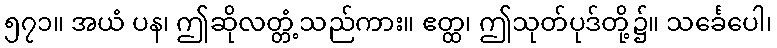
၅၇၁။ အယံ ပန၊ ဤဆိုလတ္တံ့သည်ကား။ ဧတ္ထ၊ ဤသုတ်ပုဒ်တို့၌။ သင်္ခေပေါ၊